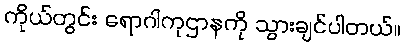
ကိုယ်တွင်း ရောဂါကုဌာနကို သွားချင်ပါတယ်။